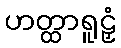
ဟတ္ထာရူဠှံ